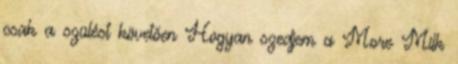
csak a szülést követően Hogyan szedjem a More Milk